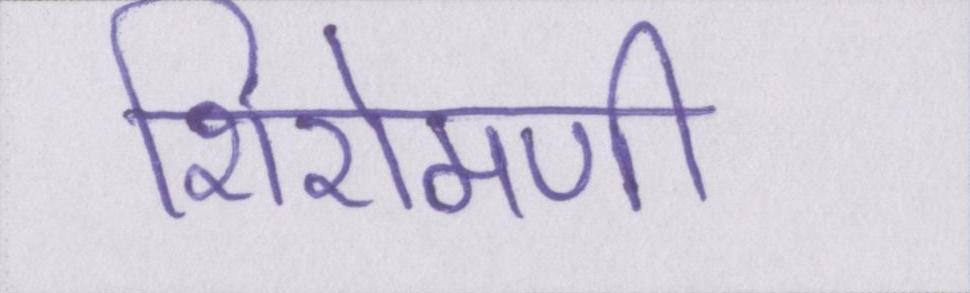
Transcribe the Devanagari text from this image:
शिरोमणी